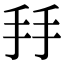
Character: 𢪒